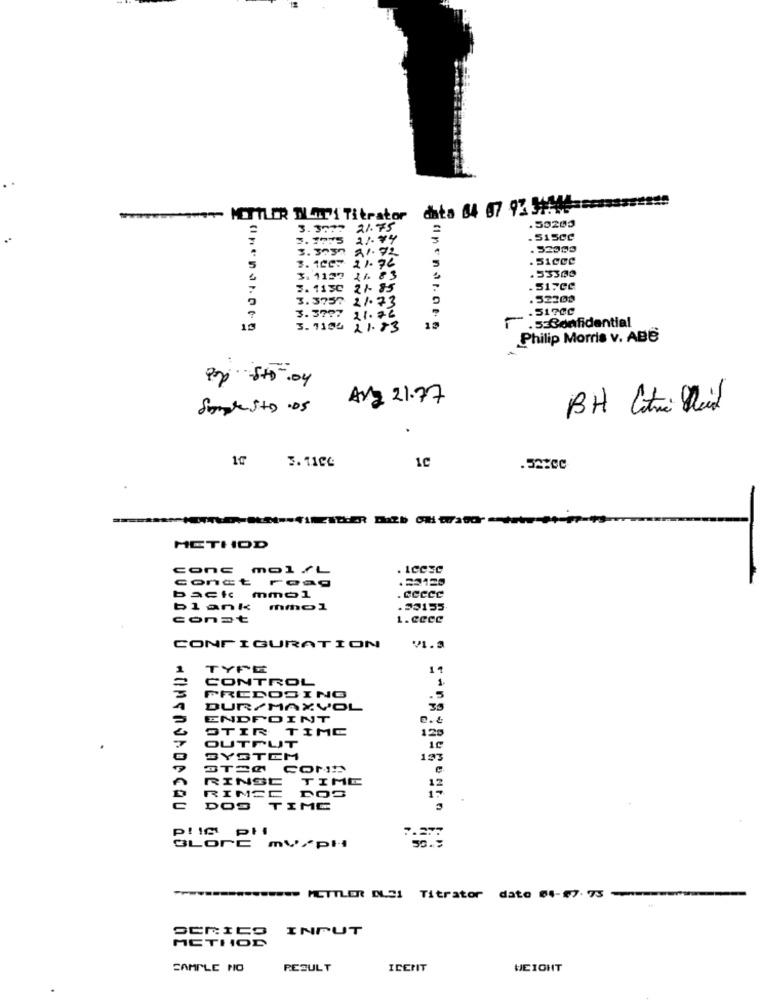
****- METTLER NOT Titrator
50203
21.75
21.44
21.72
. 32999
. 51CCC
21.76
.53300
3.1130 27- 85
-
. SI7CC
. 52200
3.3757 2/. 73
. 51700
3.3797 21.26
10
€ 21.83
F .53Confidential
Philip Morris v. ABB
Pop 5+0.04
Ara 21.77
Simplesto .05
1℃
1c
3.1104
METHOD
conE mol/L
.Icesc
conct reag
.20129
back
mmo1
.ccccc
blank
mmol
.59155
conat
1.cecc
CONFIGURATION
TYPE
11
1
CONTROL
FREDOSING
.5
DUR/MAXVOL
ENDPOINT
STIR TIME
125
OUTPUT
@ SYSTEM
STRØ COND
RINSE
TIME
12
RINSE DOS
15
DOS TIME
7.237
SLOPE
=========== > METTLER BLEI Titrator dato 04-67. 73
INPUT
8551.58
SAMPLE NO
RESULT
ICEMIT
WEIGHT